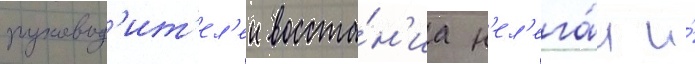
руковод'ит'ел'еи восста́н'иа н'ел'ега́л и́